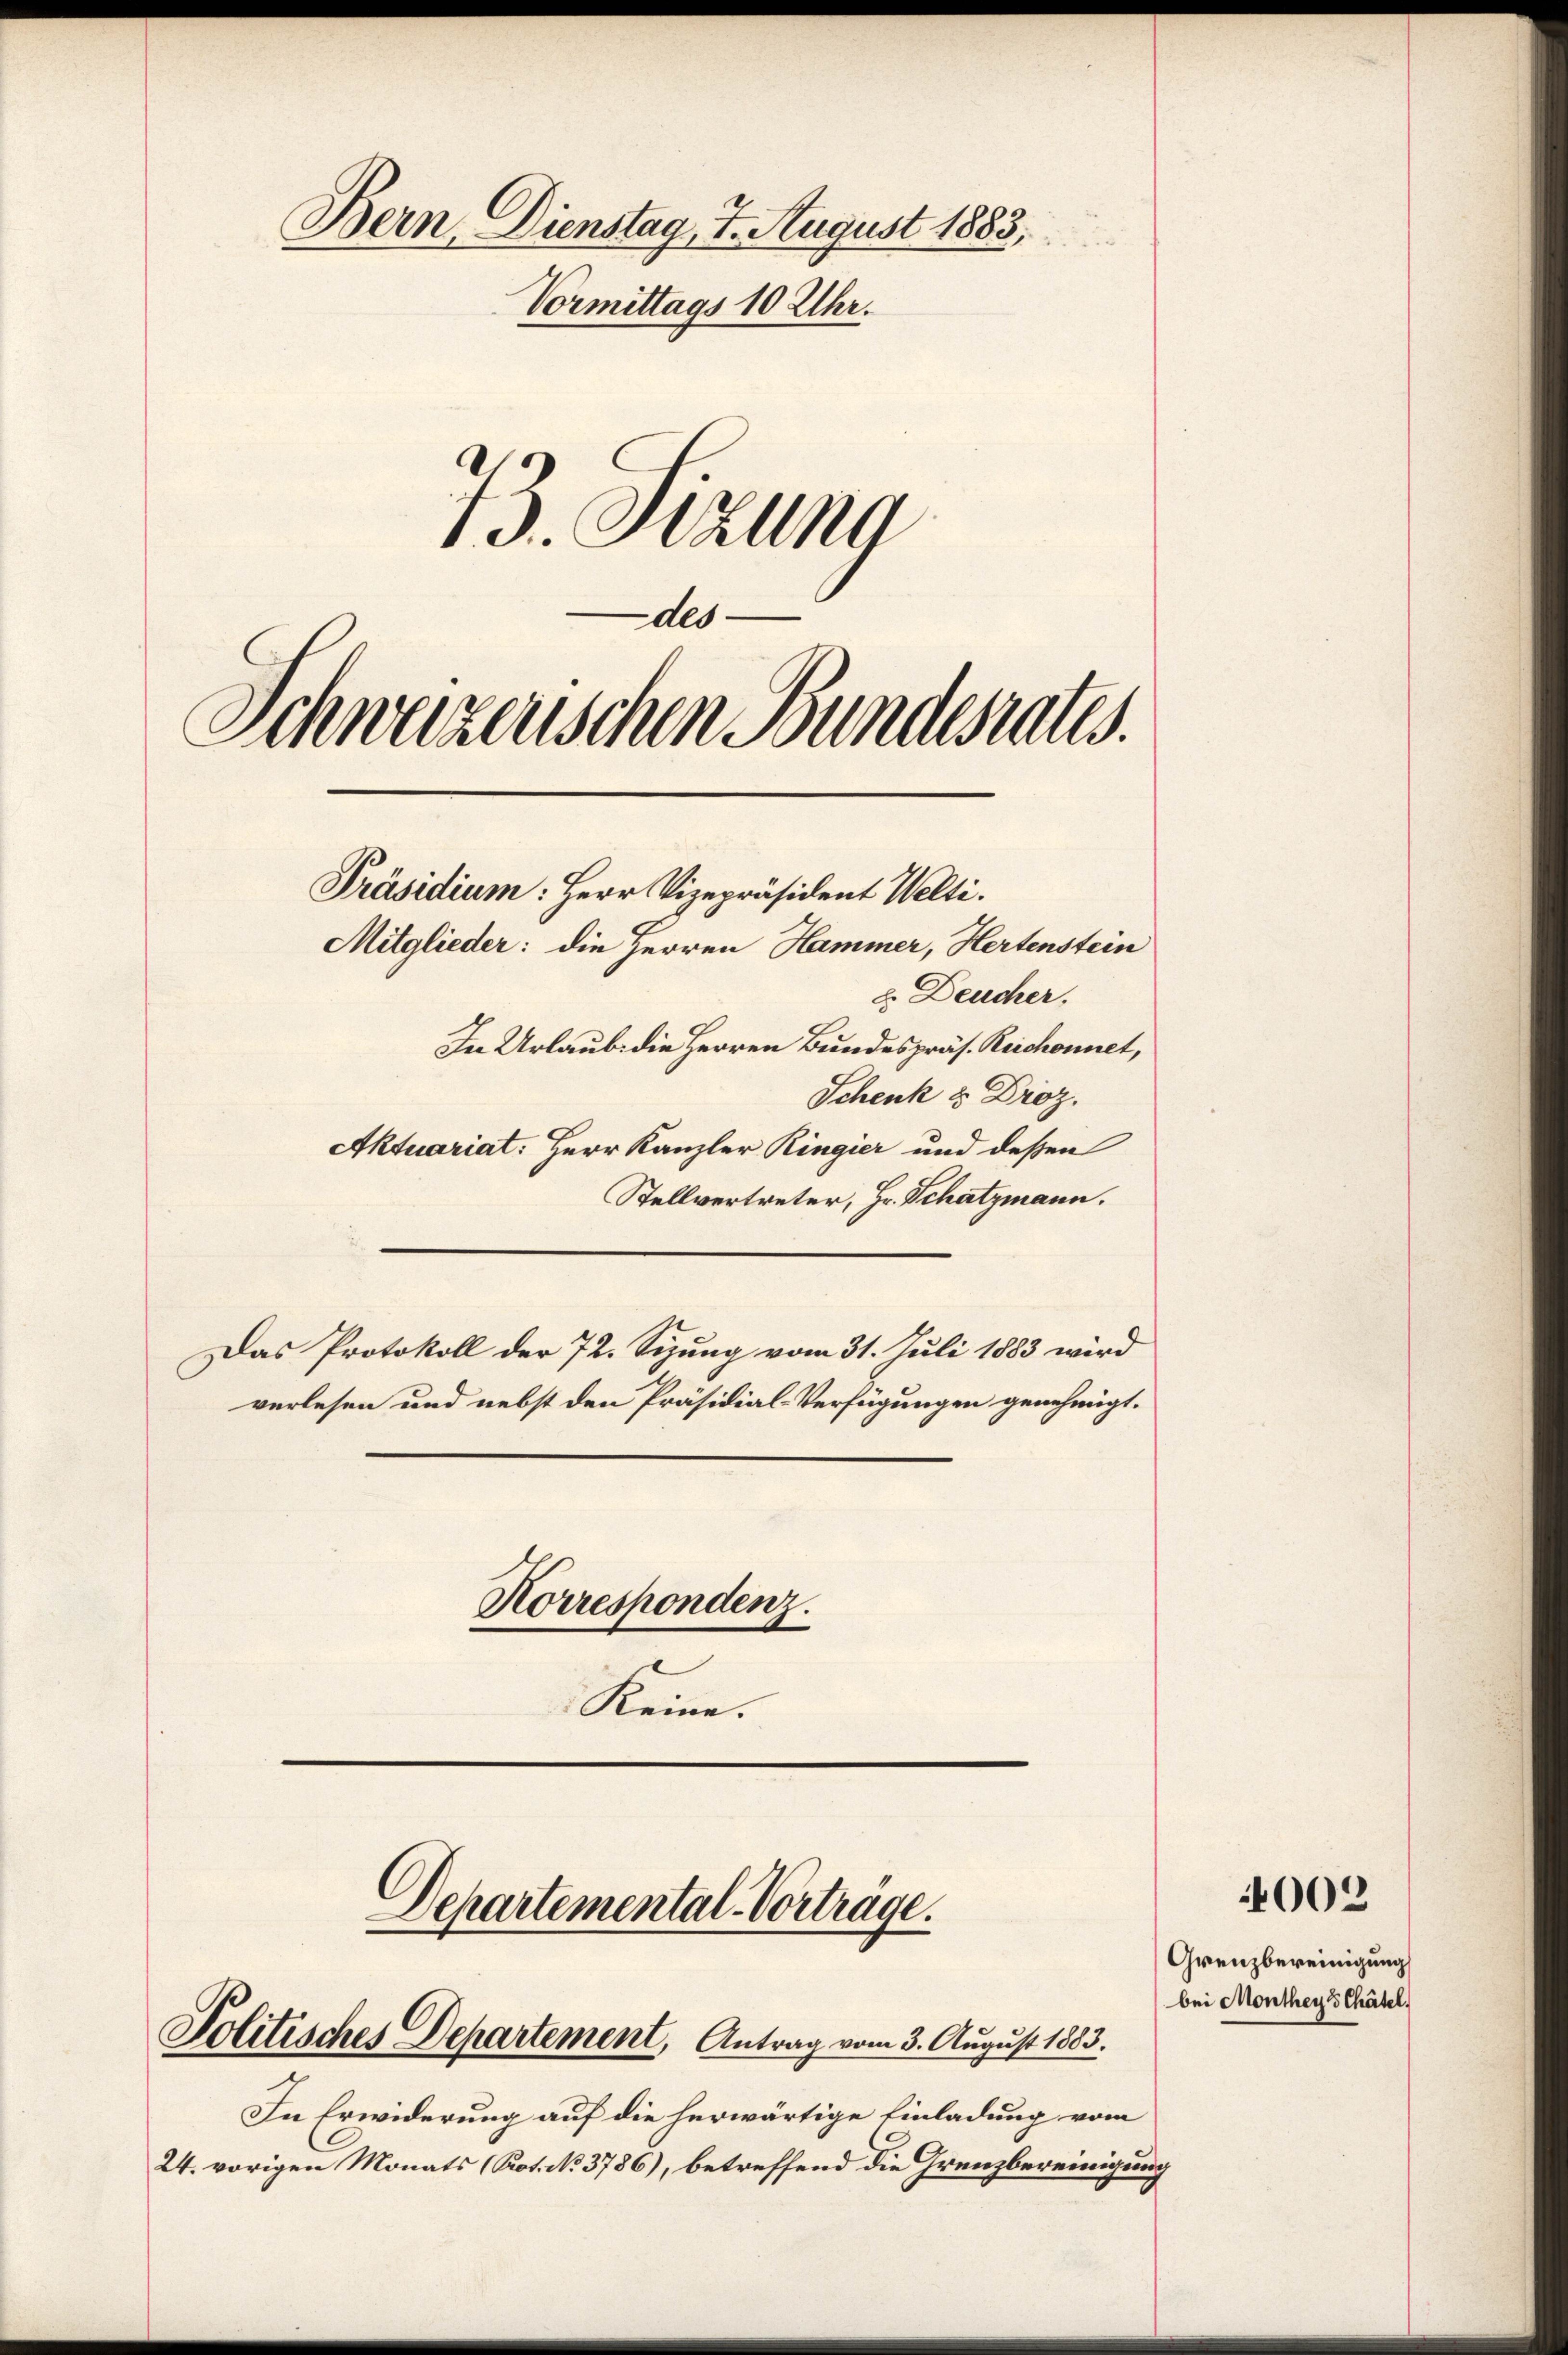
Bern, Dienstag, 7. August 1883,
Vormittags 10 Uhr.
13. Sizung

Mitglieder: die Herren Hammer, Hertenstein
8. Deucher,
In Urlaub. die Herren Bundespräs. Reichonnet,
Schenk & Droz.
Aktuariat: Herr Kanzler Ringier und dessen
Stellvertreter, Hr. Schatzmann.
Das Protokoll der 72. Sizung vom 31. Juli 1883 wird
verlesen und nebst den Präsidial-Verfügungen genehmigt.
Korrespondenz.
Keine.

des
Schweizerischen Bundesrates.
Präsidium: Herr Vizepräsident Welti.

Politisches Departement, Antrag vom 3. August 1883.

Departemental-Vortrage.

In Erwiderung auf die herwärtige Einladung vom
24. vorigen Monats (Kot. No 3786), betreffend die Grenzbereinigung

Grenzbereinigung
bei Monthey 3 Chätel.

4002